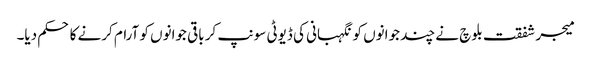
میجر شفقت بلوچ نے چند جوانوں کو نگہبانی کی ڈیوٹی سونپ کر باقی جوانوں کو آرام کرنے کا حکم دیا۔